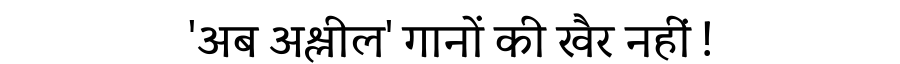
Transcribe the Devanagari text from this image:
'अब अश्लील' गानों की खैर नहीं !